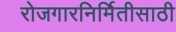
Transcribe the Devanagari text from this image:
रोजगारनिर्मितीसाठी